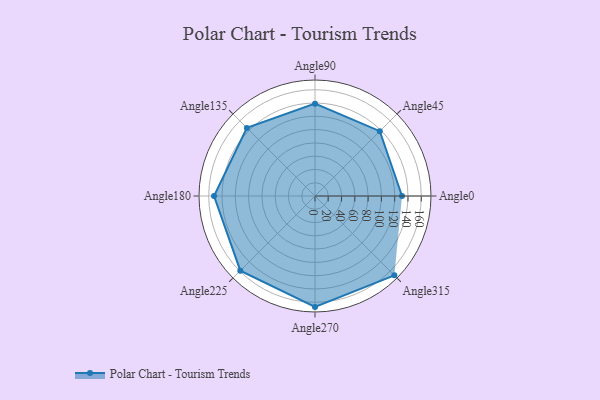
{"axis": {"x": "Angle", "y": "Radius"}, "legend": [""], "data": [{"x": "Angle0", "y": 131.0, "type": ""}, {"x": "Angle45", "y": 138.0, "type": ""}, {"x": "Angle90", "y": 139.0, "type": ""}, {"x": "Angle135", "y": 145.0, "type": ""}, {"x": "Angle180", "y": 152.0, "type": ""}, {"x": "Angle225", "y": 159.0, "type": ""}, {"x": "Angle270", "y": 167.0, "type": ""}, {"x": "Angle315", "y": 169.0, "type": ""}]}